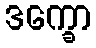
ဒက္ခော